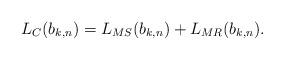
LaTeX: \begin{align*}L_C(b_{k,n}) = L_{MS}(b_{k,n}) + L_{MR} (b_{k,n}). \end{align*}